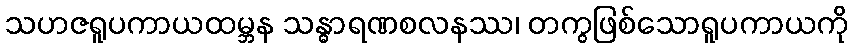
သဟဇရူပကာယထမ္ဘန သန္ဓာရဏစလနဿ၊ တကွဖြစ်သောရူပကာယကို